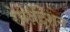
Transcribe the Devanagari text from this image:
रेप्रेज़ेंटेशन